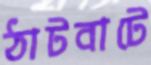
ঠাটবাটে